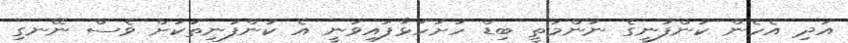
އަދި އެހެން ކުންފުނީގެ ނަންމަތީ ބިޑް ހުށަހަޅާފައިވަނީ އެ ކުންފުނިތަކަށް ވެސް ނޭނގި